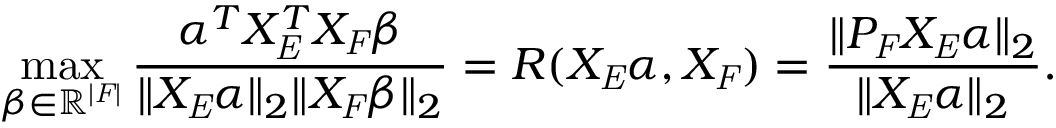
\operatorname* { m a x } _ { \beta \in \mathbb { R } ^ { | \mathit { F } | } } \frac { \alpha ^ { T } X _ { \mathit { E } } ^ { T } X _ { \mathit { F } } \beta } { \| X _ { \mathit { E } } \alpha \| _ { 2 } \| X _ { \mathit { F } } \beta \| _ { 2 } } = R ( X _ { \mathit { E } } \alpha , X _ { \mathit { F } } ) = \frac { \| P _ { \mathit { F } } X _ { \mathit { E } } \alpha \| _ { 2 } } { \| X _ { \mathit { E } } \alpha \| _ { 2 } } .